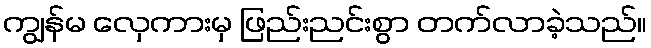
ကျွန်မ လှေကားမှ ဖြည်းညင်းစွာ တက်လာခဲ့သည်။